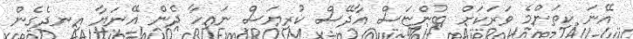
އޭނަ ކިތަންމެ ވަރަކަށް ބުންޏަސް އާދޭސް ކުރިޔަސް ނައިހާ ދެން އޭނަޔާ އިނދެގެން